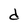
Character: d